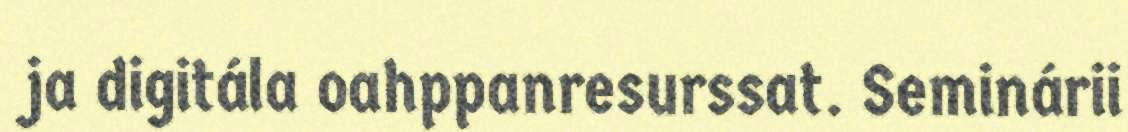
ja digitála oahppanresurssat. Seminárii